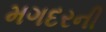
મગદરની